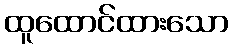
ထူထောင်ထားသော